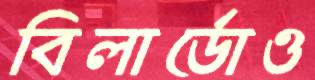
বিলার্ডোও